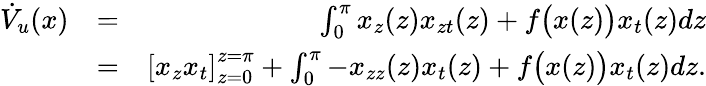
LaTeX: \begin{array}{rlr}{\dot{V}_{u}(x)}&{=}&{\int_{0}^{\pi}{x_{z}(z)x_{zt}(z)+f\big(x(z)\big)x_{t}(z)dz}}\\ &{=}&{\left[x_{z}x_{t}\right]_{z=0}^{z=\pi}+\int_{0}^{\pi}{-x_{zz}(z)x_{t}(z)+f\big(x(z)\big)x_{t}(z)dz}.}\end{array}